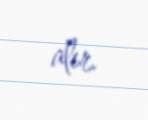
alır.